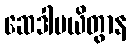
ဆေဒါပယိတွာန